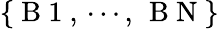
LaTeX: \{ \mathrm{~B~1~},\, \cdots,\, \mathrm{~B~N~}\}